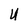
Character: U